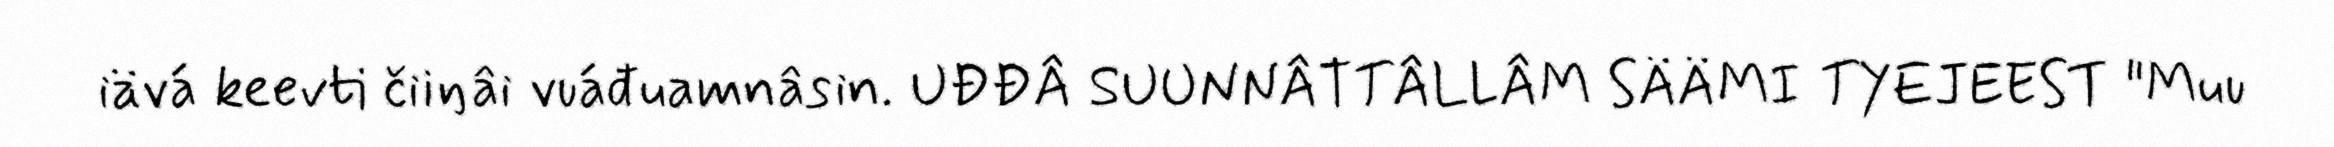
iävá keevti čiiŋâi vuáđuamnâsin. UĐĐÂ SUUNNÂTTÂLLÂM SÄÄMI TYEJEEST "Muu